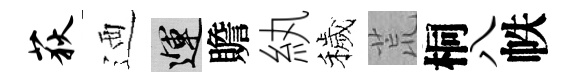
荻迺運贍紈穢荒桐八帙